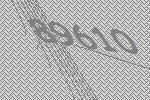
89610